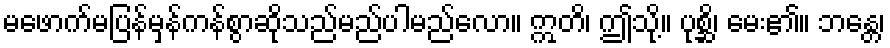
မဖောက်မပြန်မှန်ကန်စွာဆိုသည်မည်ပါမည်လော။ ဣတိ၊ ဤသို့။ ပုစ္ဆိ၊ မေး၏။ ဘန္တေ၊